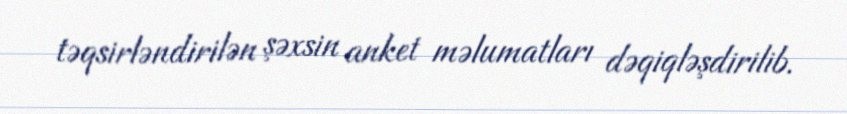
təqsirləndirilən şəxsin anket məlumatları dəqiqləşdirilib.